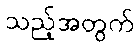
သည့်အတွက်